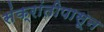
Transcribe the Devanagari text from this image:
संक्रांतीपासून